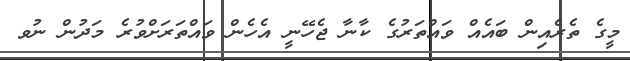
މީގެ ތެރެއިން ބައެއް ވައްތަރުގެ ކާނާ ޖެހޭނީ އެހެން ވައްތަރަށްވުރެ މަދުން ނުވ